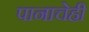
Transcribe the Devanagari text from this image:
पानाचेही